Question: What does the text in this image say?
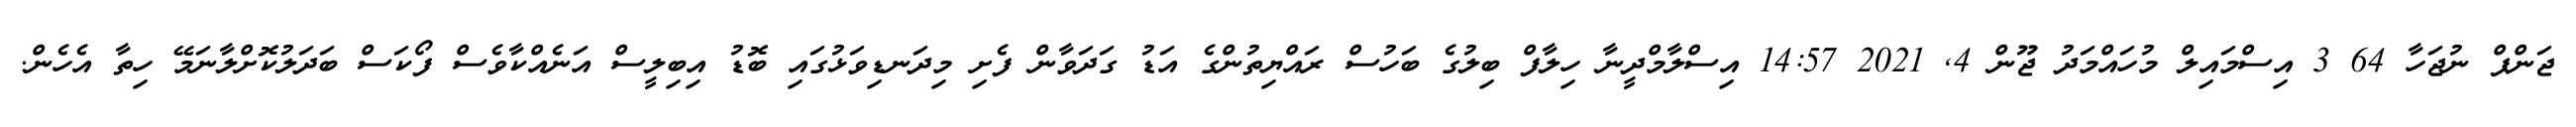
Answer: ޖަންޕް ނުޖަހާ 64 3 އިސްމައިލް މުހައްމަދު ޖޫން 4, 2021 14:57 އިސްލާމްދީނާ ހިލާފް ބިލުގެ ބަހުސް ރައްޔިތުންގެ އަޑު ގަދަވާން ފެށި މިދަނޑިވަޅުގައި ބޮޑު އިބިލީސް އަނެއްކާވެސް ފޯކަސް ބަދަލުކޮށްލާނަމޭ ހިތާ އެހެން.